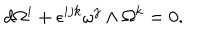
LaTeX: d \Omega ^ { i } + \epsilon ^ { i j k } \omega ^ { j } \wedge \Omega ^ { k } = 0 .